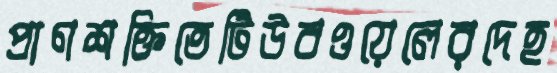
প্রাণশক্তিতেটিউবওয়েলেরদেহ